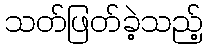
သတ်ဖြတ်ခဲ့သည့်